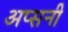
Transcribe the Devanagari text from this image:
अप्सनी